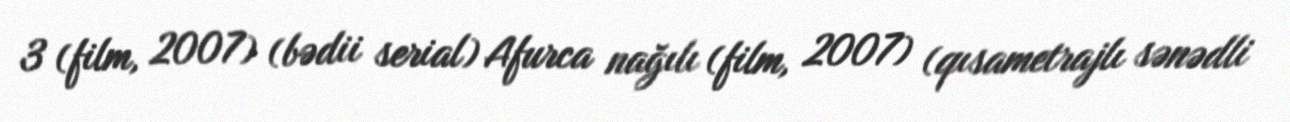
3 (film, 2007) (bədii serial) Afurca nağılı (film, 2007) (qısametrajlı sənədli